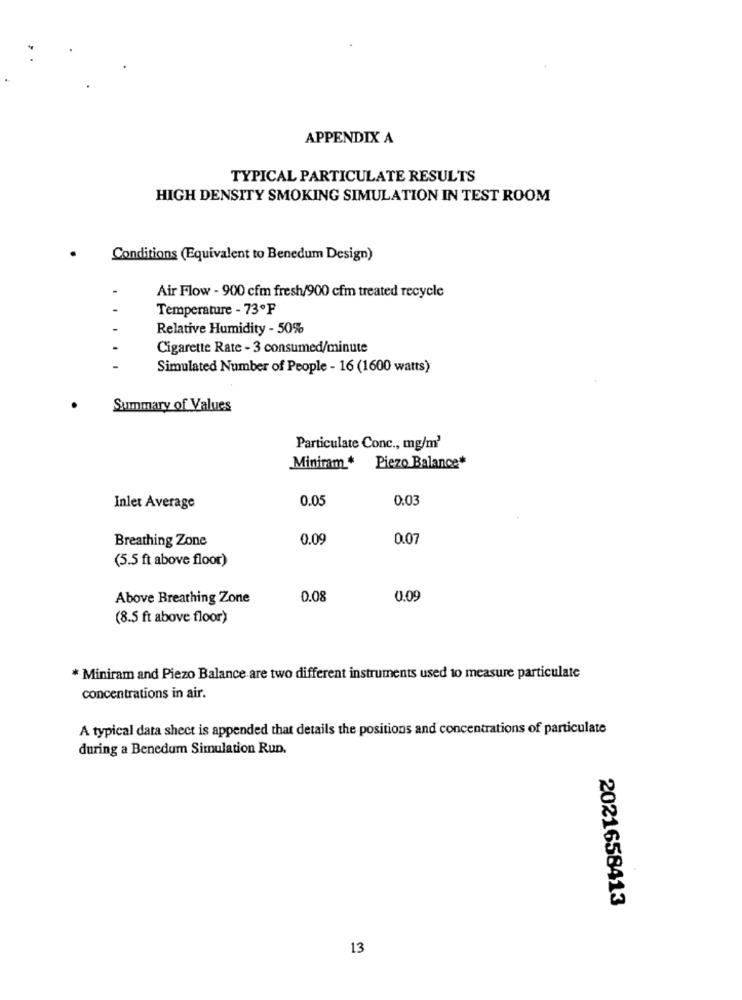
APPENDIX A
TYPICAL PARTICULATE RESULTS
HIGH DENSITY SMOKING SIMULATION IN TEST ROOM
Conditions (Equivalent to Benedum Design)
Air Flow - 900 cfm fresh/900 cfm treated recycle
Temperature - 73ºF
Relative Humidity - 50%
Cigarette Rate - 3 consumed/minute
Simulated Number of People - 16 (1600 watts)
Summary of Values
Particulate Conc ., mg/m'
Miniram * Piezo Balance*
0.05
0.03
Inlet Average
Breathing Zone
0.09
0.07
(5.5 ft above floor)
Above Breathing Zone
0.08
0.09
(8.5 ft above floor)
* Miniram and Piezo Balance are two different instruments used to measure particulate
concentrations in air.
A typical data sheet is appended that details the positions and concentrations of particulate
during a Benedum Simulation Run.
2021658413
13